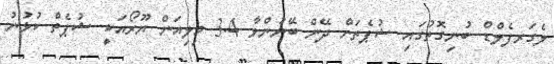
ލެގަރފެލްޑް ބުނިގޮތުގައި ޝުޕެތަށް ދޭން ބޭނުންވާ 3.4 މިލިއަން ޔޫރޯއަކީ ޝުޕެތް ކުޅުނު